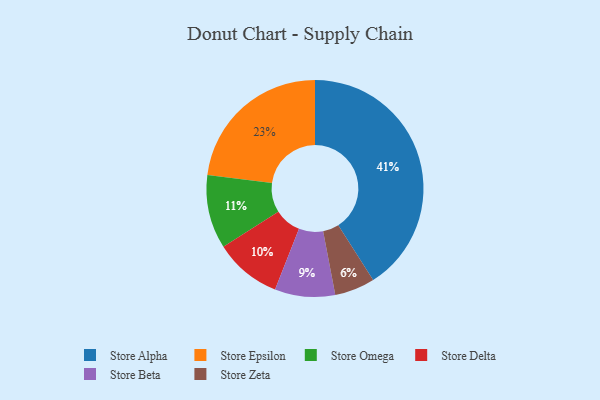
{"axis": {"x": "Category", "y": "Percentage"}, "legend": ["Store Alpha", "Store Beta", "Store Delta", "Store Epsilon", "Store Omega", "Store Zeta"], "data": [{"x": "Store Alpha", "y": 41, "type": "Store Alpha"}, {"x": "Store Beta", "y": 9, "type": "Store Beta"}, {"x": "Store Omega", "y": 11, "type": "Store Omega"}, {"x": "Store Delta", "y": 10, "type": "Store Delta"}, {"x": "Store Zeta", "y": 6, "type": "Store Zeta"}, {"x": "Store Epsilon", "y": 23, "type": "Store Epsilon"}]}